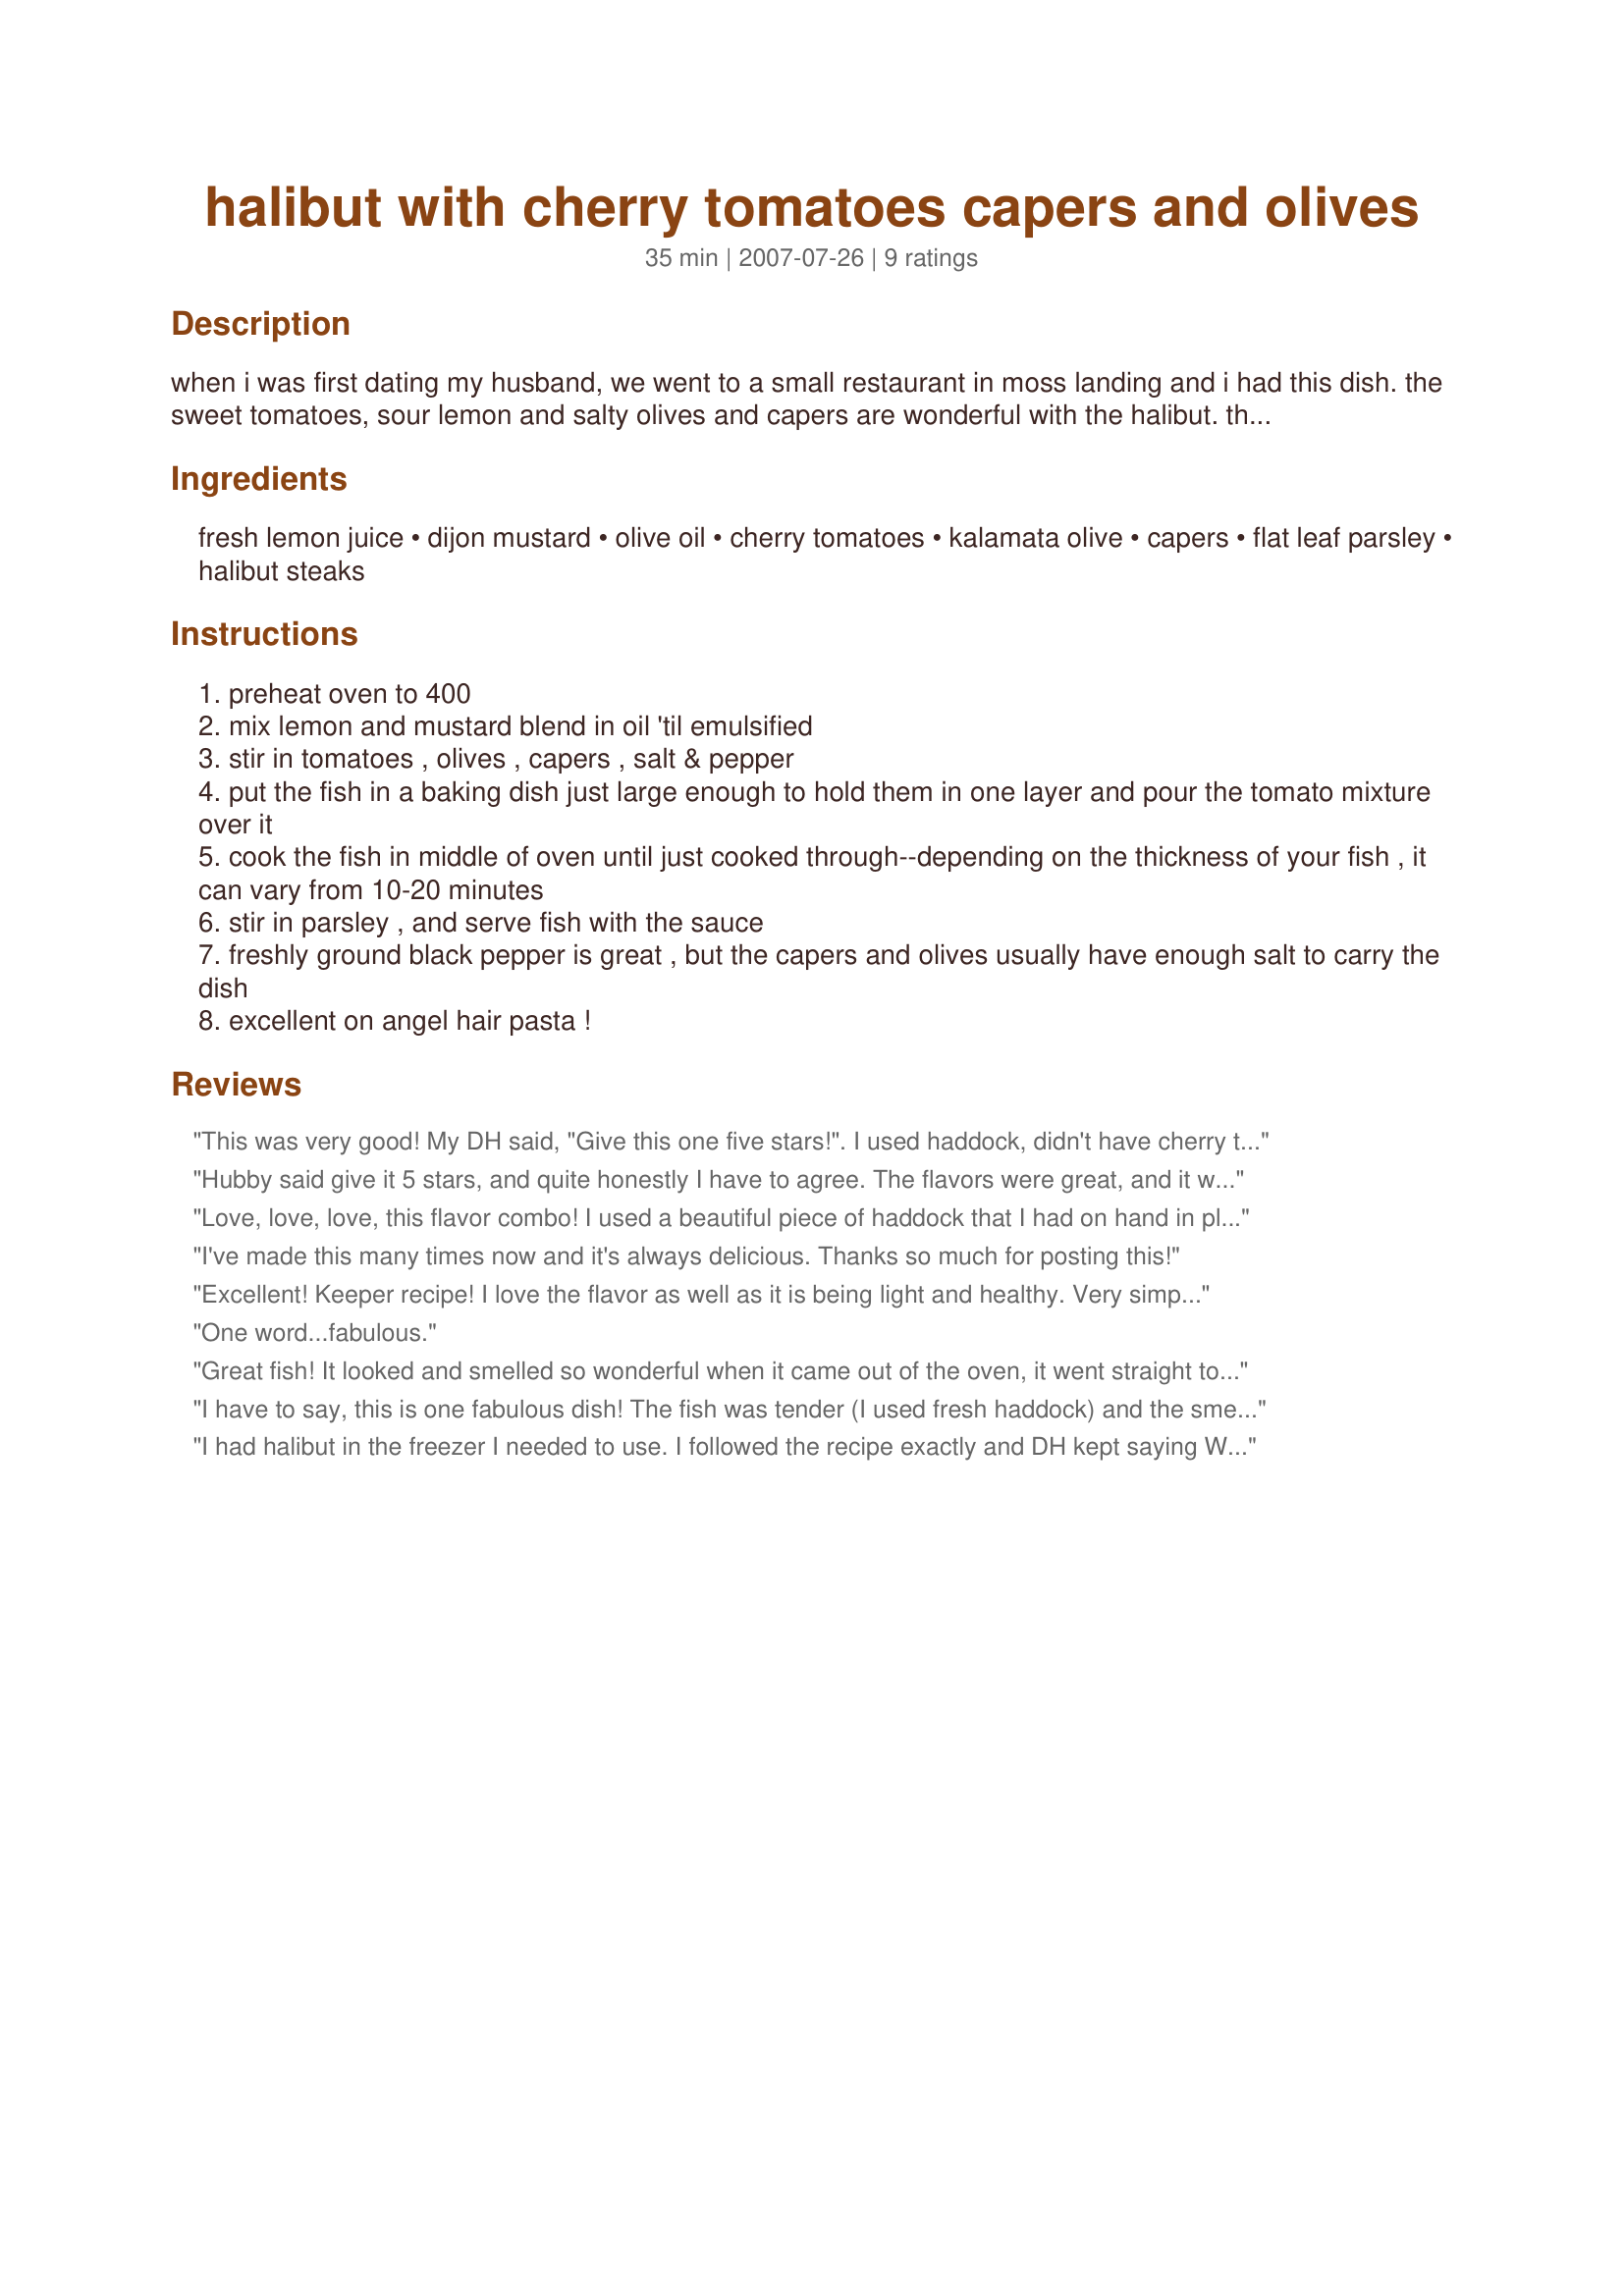
halibut with cherry tomatoes capers and olives
Preparation time: 35 minutes

when i was first dating my husband, we went to a small restaurant in moss landing and i had this dish. the sweet tomatoes, sour lemon and salty olives and capers are wonderful with the halibut. the chef was kind enough to list the ingredients for me. what i didn't remember exact amounts for, i improvised and it's close enough for me to what i had that day! if you can't get good cherry tomatoes, use any tomato chopped small. i've also subbed half the olive oil for stock when i'm feeling dietetic and that's good too. not as good, maybe, but good!

Ingredients:
fresh lemon juice, dijon mustard, olive oil, cherry tomatoes, kalamata olive, capers, flat leaf parsley, halibut steaks

Steps:
preheat oven to 400
mix lemon and mustard blend in oil 'til emulsified
stir in tomatoes , olives , capers , salt & pepper
put the fish in a baking dish just large enough to hold them in one layer and pour the tomato mixture over it
cook the fish in middle of oven until just cooked through--depending on the thickness of your fish , it can vary from 10-20 minutes
stir in parsley , and serve fish with the sauce
freshly ground black pepper is great , but the capers and olives usually have enough salt to carry the dish
excellent on angel hair pasta !

Reviews:
This was very good! My DH said, "Give this one five stars!". I used haddock, didn't have cherry tomatoes, so cut one up. Thank you Dee!
Hubby said give it 5 stars, and quite honestly I have to agree. The flavors were great, and it was so easy to throw together. Instead of Halibut, we used Catfish, as that happens to be what we catch in abundance each summer. Thanks for the recipe!
Love, love, love, this flavor combo! I used a beautiful piece of haddock that I had on hand in place of the halibut...It was amazing. Soooo..... Picture this....A record year for snow for us...about 12 feet has fallen so far ... last weekend the Husband had to shovel snow away from the living room windows as the snow falling off the roof had blocked them...lol We sat looking out of this sea of snow eating this lovely fish dish with the smell of Mediteranian cooking wafting throughout the kitchen... It was wonderful! =) lol
Now I want to try this dish in the heat of summer. I'll bet it would be excellent cold and in a salad.
I've made this many times now and it's always delicious. Thanks so much for posting this!
Excellent! Keeper recipe! I love the flavor as well as it is being light and healthy. Very simple to cook as well. Thank you.
One word...fabulous.
Great fish! It looked and smelled so wonderful when it came out of the oven, it went straight to the table and onto plates without waiting for the parsley. And it's so easy--just make the vinaigrette, add the rest and it can sit--so it can all be set up ahead of time and popped into the oven just before service. Love this! Thanks, Dee!
I have to say, this is one fabulous dish! The fish was tender (I used fresh haddock) and the smells from the kitchen were as good as the flavor of the first bite! Delicious all the way and my family requests that we have it again real soon, so you know it's a keeper!
I had halibut in the freezer I needed to use. I followed the recipe exactly and DH kept saying WOW! Even though there were a lot great flavors going on, the halibut was the star. I served it with angel hair pasta to sop up the wonderful juices. This is deinately restaurant quality!
